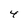
Character: 4